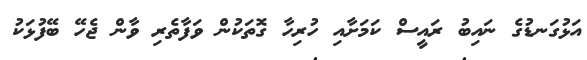
އަޅުގަނޑުގެ ނައިބު ރައީސް ކަމަށާއި ހުރިހާ ގޮތަކުން ވަފާތެރި ވާން ޖެހޭ ބޭފުޅަކު